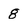
Character: 8